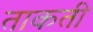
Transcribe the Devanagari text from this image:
ताकती